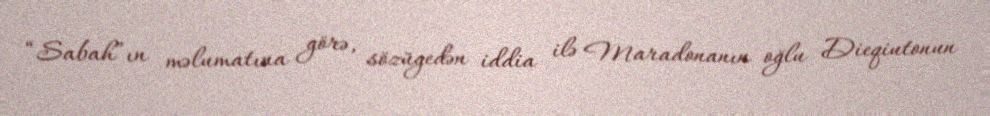
“Sabah”ın məlumatına görə, sözügedən iddia ilə Maradonanın oğlu Dieqiutonun